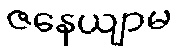
ဇနေယျာမ